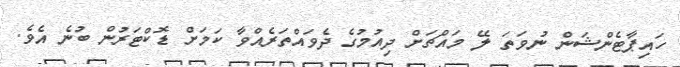
ހައިޕާޓެންޝަން ނުވަތަ ލޭ މައްޗަށް ދިއުމުގެ ދެވައްތަރެއްވާ ކަމަށް ޑޮކްޓަރުން ބުނެ އެވެ.